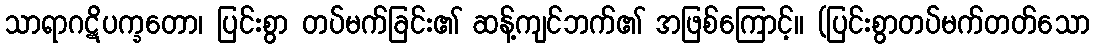
သာရာဂဋိပက္ခတော၊ ပြင်းစွာ တပ်မက်ခြင်း၏ ဆန့်ကျင်ဘက်၏ အဖြစ်ကြောင့်။ (ပြင်းစွာတပ်မက်တတ်သော